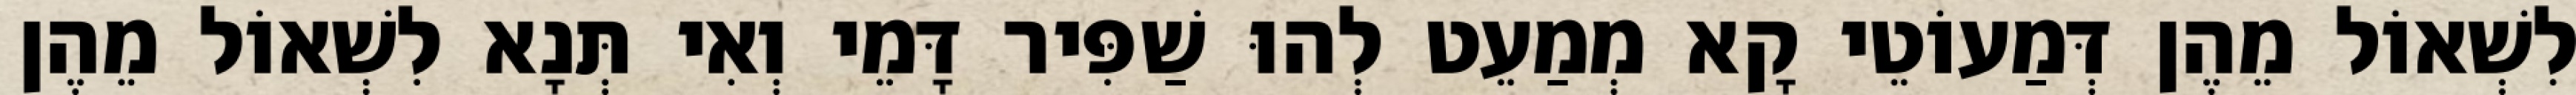
לִשְׁאוֹל מֵהֶן דְּמַעוֹטֵי קָא מְמַעֵט לְהוּ שַׁפִּיר דָּמֵי וְאִי תְּנָא לִשְׁאוֹל מֵהֶן